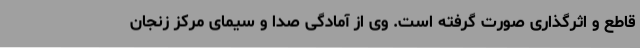
قاطع و اثرگذاری صورت گرفته است. وی از آمادگی صدا و سیمای مرکز زنجان